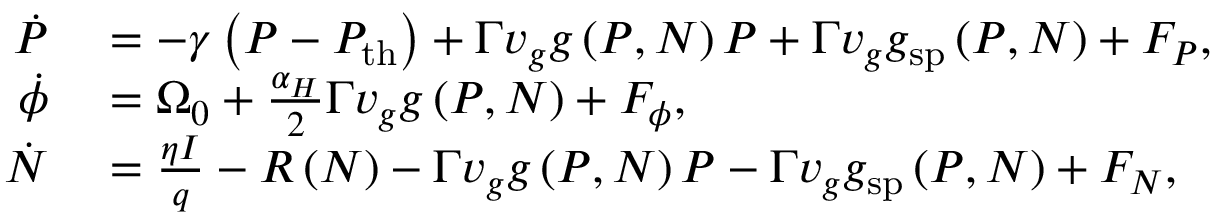
\begin{array} { r l } { \dot { P } } & { { } = - \gamma \left( P - P _ { \mathrm { t h } } \right) + \Gamma v _ { g } g \left( P , N \right) P + \Gamma v _ { g } g _ { \mathrm { s p } } \left( P , N \right) + F _ { P } , } \\ { \dot { \phi } } & { { } = \Omega _ { 0 } + \frac { \alpha _ { H } } { 2 } \Gamma v _ { g } g \left( P , N \right) + F _ { \phi } , } \\ { \dot { N } } & { { } = \frac { \eta I } { q } - R \left( N \right) - \Gamma v _ { g } g \left( P , N \right) P - \Gamma v _ { g } g _ { \mathrm { s p } } \left( P , N \right) + F _ { N } , } \end{array}